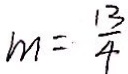
m = \frac { 1 3 } { 4 }